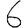
Digit: 6